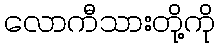
လောကီသားတို့ကို